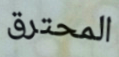
المحترق